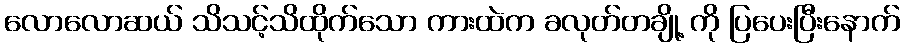
လောလောဆယ် သိသင့်သိထိုက်သော ကားထဲက ခလုတ်တချို့ ကို ပြပေးပြီးနောက်